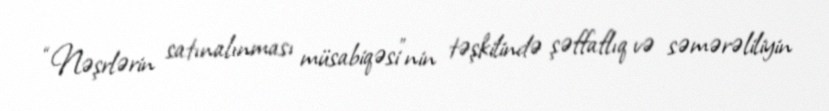
“Nəşrlərin satınalınması müsabiqəsi”nin təşkilində şəffaflıq və səmərəliliyin